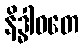
နိဒ္ဓါဝတေ